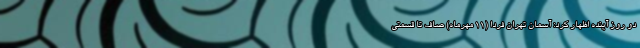
دو روز آینده اظهار کرد: آسمان تهران فردا (۱۱ مهرماه) صاف تا قسمتی